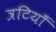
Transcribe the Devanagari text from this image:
त्रटियाँ